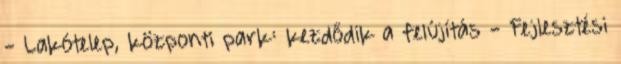
- Lakótelep, központi park: kezdődik a felújítás - Fejlesztési